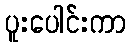
ပူးပေါင်းကာ